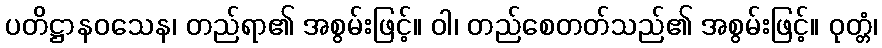
ပတိဋ္ဌာနဝသေန၊ တည်ရာ၏ အစွမ်းဖြင့်။ ဝါ၊ တည်စေတတ်သည်၏ အစွမ်းဖြင့်။ ဝုတ္တံ၊